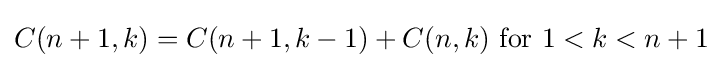
C(n+1,k)=C(n+1,k-1)+C(n,k){\text{ for }}1<k<n+1